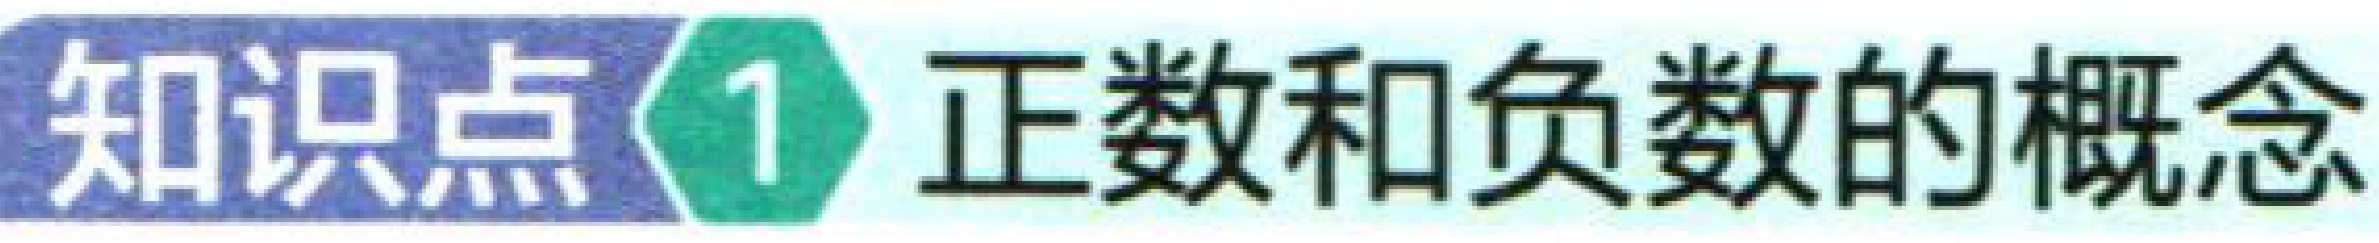
知识点\textcircled{1} 正数和负数的概念